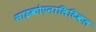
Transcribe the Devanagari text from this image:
साइकोएनालिटिकल